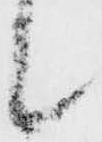
候